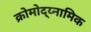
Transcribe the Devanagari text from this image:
क्रोमोद्य्नामिक